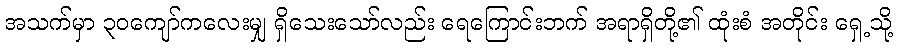
အသက်မှာ ၃၀ကျော်ကလေးမျှ ရှိသေးသော်လည်း ရေကြောင်းဘက် အရာရှိတို့၏ ထုံးစံ အတိုင်း ရှေ့သို့